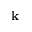
\textbf { k }